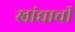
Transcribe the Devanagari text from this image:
खांद्याची